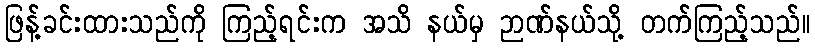
ဖြန့်ခင်းထားသည်ကို ကြည့်ရင်းက အသိ နယ်မှ ဉာဏ်နယ်သို့ တက်ကြည့်သည်။